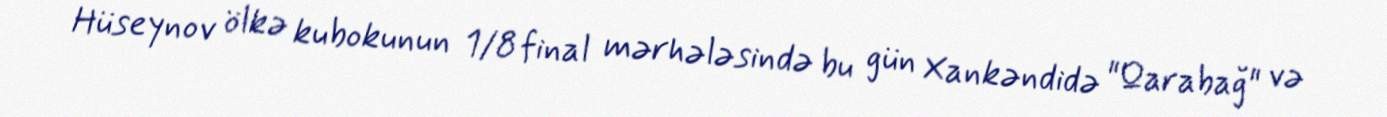
Hüseynov ölkə kubokunun 1/8 final mərhələsində bu gün Xankəndidə "Qarabağ" və